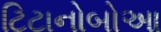
ટિટાનોબોઆ